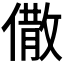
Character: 𠎭